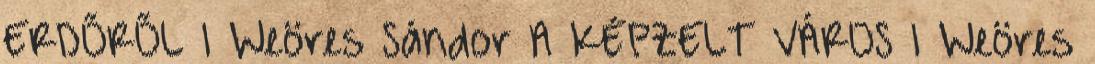
ERDŐRŐL 1 Weöres Sándor A KÉPZELT VÁROS 1 Weöres